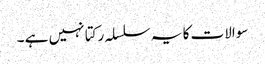
سوالات کا یہ سلسلہ رکتا نہیں ہے ۔